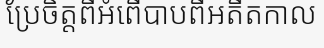
ប្រែចិត្តពីអំពើបាបពីអតីតកាល